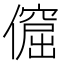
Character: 𠏅